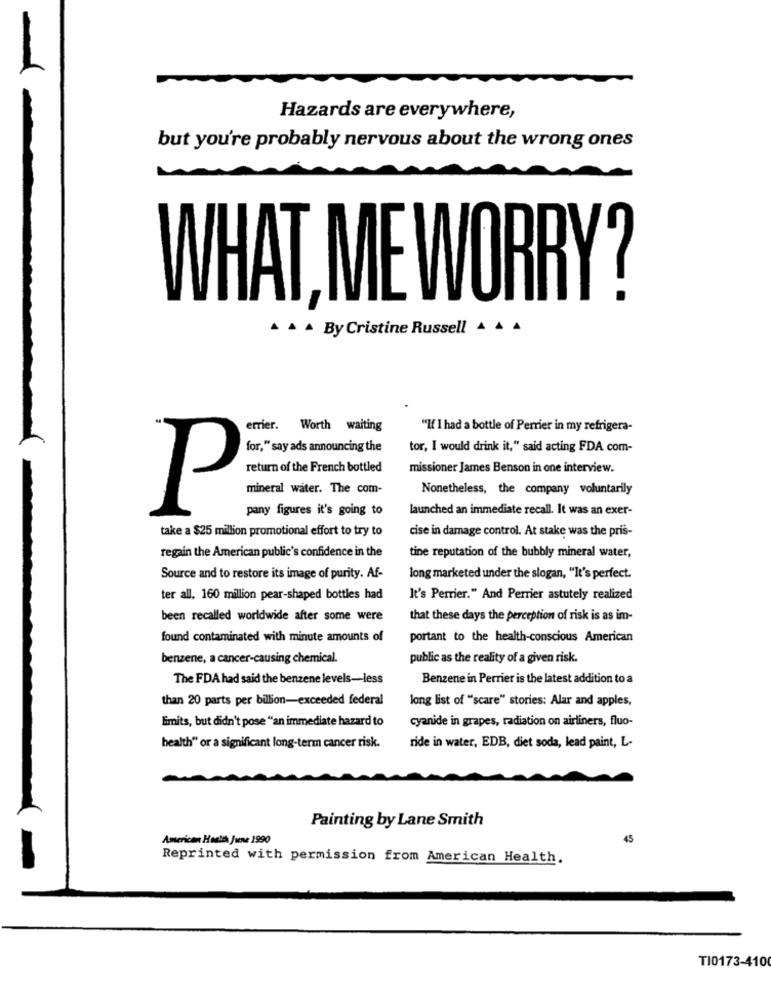
Hazards are everywhere,
but you're probably nervous about the wrong ones
WHAT, ME WORRY?
^ ^ ^ By Cristine Russell 4 4 4
errier. Worth waiting
"If I had a bottle of Perrier in my refrigera-
for," say ads announcing the
tor, I would drink it," said acting FDA com-
return of the French bottled
missioner James Benson in one interview.
mineral water. The com-
Nonetheless, the company voluntarily
pany figures it's going to
launched an immediate recall. It was an exer-
P
take a $25 million promotional effort to try to
cise in damage control. At stake was the pris-
regain the American public's confidence in the
tine reputation of the bubbly mineral water,
Source and to restore its image of purity. Af-
long marketed under the slogan, "It's perfect.
ter all, 160 million pear-shaped bottles had
It's Perrier." And Perrier astutely realized
been recalled worldwide after some were
that these days the perception of risk is as im-
found contaminated with minute amounts of
portant to the health-conscious American
benzene, a cancer-causing chemical.
public as the reality of a given risk.
The FDA had said the benzene levels-less
Benzene in Perrier is the latest addition to a
than 20 parts per billion-exceeded federal
long list of "scare" stories: Alar and apples,
limits, but didn't pose "an immediate hazard to
cyanide in grapes, radiation on airliners, fluo-
health" or a significant long-term cancer risk.
ride in water, EDB, diet soda, lead paint, L-
Painting by Lane Smith
American Health June 1990
45
Reprinted with permission from American Health.
TI0173-4100